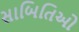
સાબિતિઓ